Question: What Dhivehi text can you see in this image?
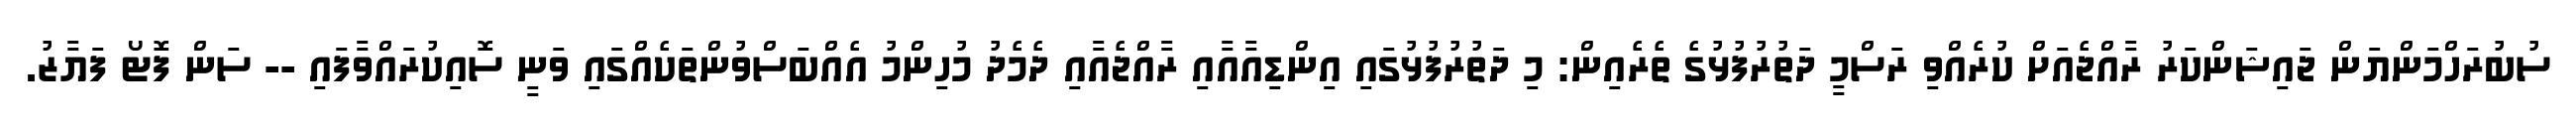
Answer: ސުބުރަހްމަންޔަން ޖައިޝަންކަރު ރާއްޖެއަށް ކުރެއްވި ރަސްމީ ދަތުރުފުޅުގެ ތެރެއިން: މި ދަތުރުފުޅުގައި އިންޑިއާއާއި ރާއްޖެއާއި ދެމެދު މުހިންމު އެއްބަސްވުންތަކެއްގައި ވަނީ ސޮއިކުރައްވާފައި -- ސަން ފޮޓޯ ފަޔާޒު.